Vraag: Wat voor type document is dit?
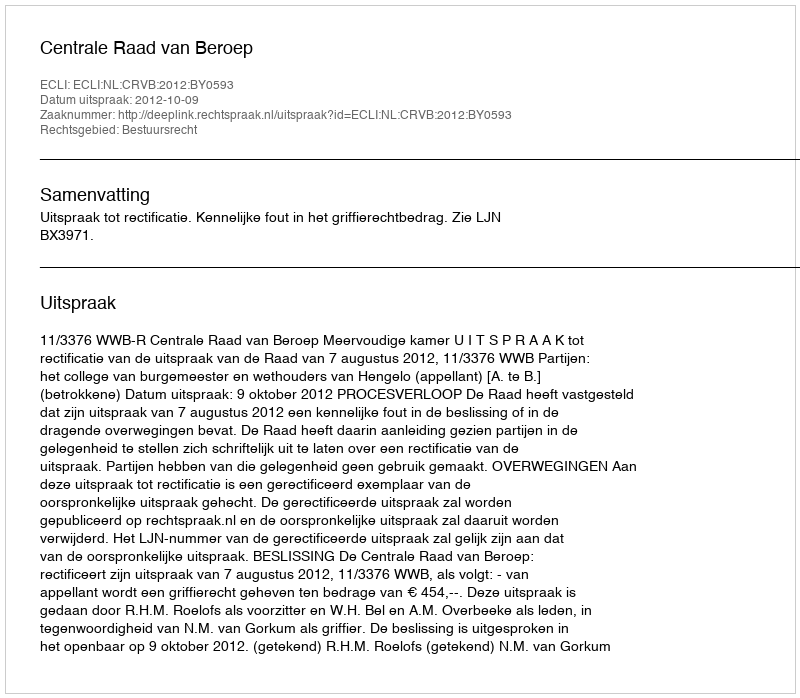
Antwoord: Uitspraak